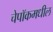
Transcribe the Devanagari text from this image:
चेपॉकमधील